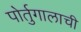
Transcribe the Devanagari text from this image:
पोर्तुगालाची